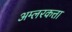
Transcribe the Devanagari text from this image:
अम्लरकत्ता